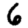
Digit: 6